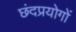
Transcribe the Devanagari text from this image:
छंदप्रयोगों